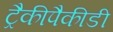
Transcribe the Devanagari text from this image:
ट्रैकीपैकीडी